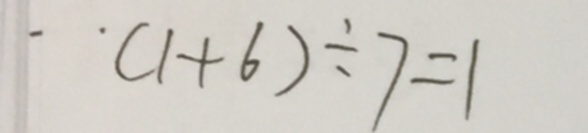
( 1 + 6 ) \div 7 = 1